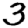
Digit: 3